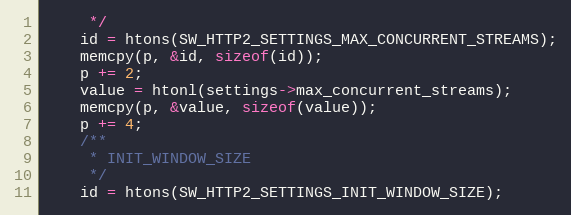
Language: C++
     */
    id = htons(SW_HTTP2_SETTINGS_MAX_CONCURRENT_STREAMS);
    memcpy(p, &id, sizeof(id));
    p += 2;
    value = htonl(settings->max_concurrent_streams);
    memcpy(p, &value, sizeof(value));
    p += 4;
    /**
     * INIT_WINDOW_SIZE
     */
    id = htons(SW_HTTP2_SETTINGS_INIT_WINDOW_SIZE);